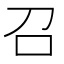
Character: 召